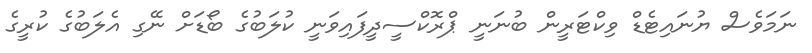
ނަމަވެސް ޔުނައިޓެޑް ވިކްޓަރީން ބުނަނީ ޕްރޮކްސީދީފައިވަނީ ކުލަބުގެ ބޯޑަށް ނޭގި އެލަބުގެ ކުރީގެ